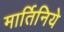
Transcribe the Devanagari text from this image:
मार्तिनिये